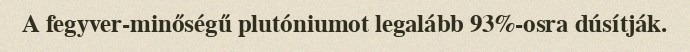
A fegyver-minőségű plutóniumot legalább 93%-osra dúsítják.